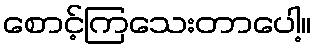
စောင့်ကြသေးတာပေါ့။